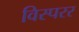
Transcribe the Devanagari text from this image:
विस्परर